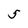
Character: 5